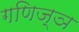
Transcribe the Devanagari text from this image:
गणिज्ञ